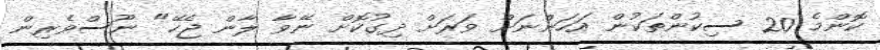
ކޮންމެ 20 ސިކުންތަކުން އަހަންނަށް ވަރަށް ދިގުކޮށް ނޭވާ ލާން ޖެހޭ" ނޫސްވެރިން